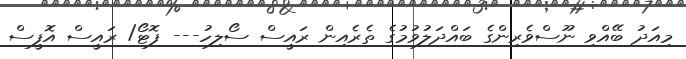
މިއަދު ބޭއްވި ނޫސްވެރިންގެ ބައްދަލުވުމުގެ ތެރެއިން ރައީސް ސޯލިހު--- ފޮޓޯ/ ރައީސް އޮފީސް